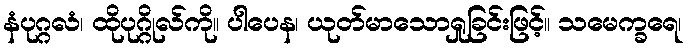
နံပုဂ္ဂလံ၊ ထိုပုဂ္ဂိုလ်ကို။ ပါပေန၊ ယုတ်မာသောရှုခြင်းဖြင့်။ သမေက္ခရေ၊